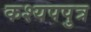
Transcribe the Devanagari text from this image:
कश्यपपुत्र